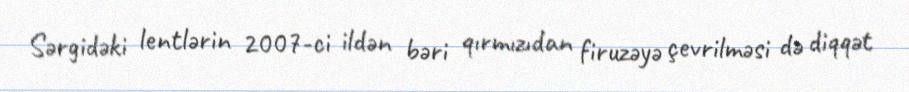
Sərgidəki lentlərin 2007-ci ildən bəri qırmızıdan firuzəyə çevrilməsi də diqqət